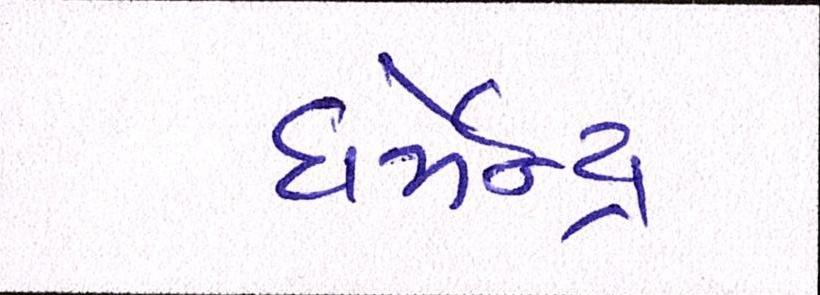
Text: ધર્મેન્દ્ર